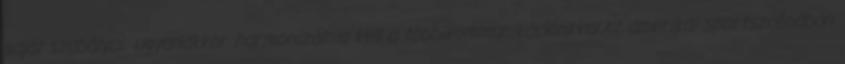
saját szabályai; ugyanakkor harmonizálnia kell a többikommunikációnkkal.Az amerikai sportszcénában